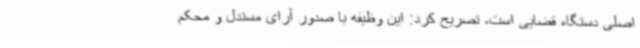
اصلی دستگاه قضایی است، تصریح کرد: این وظیفه با صدور آرای مستدل و محکم